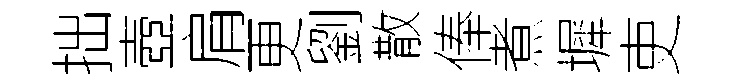
拙壺肩更劉散俸煮墀吏